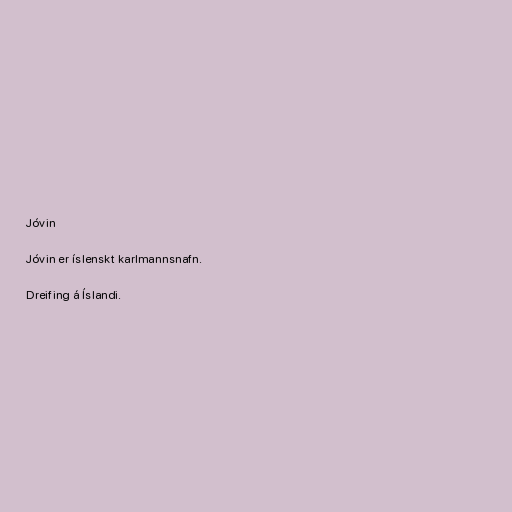
Jóvin

Jóvin er íslenskt karlmannsnafn.

Dreifing á Íslandi.